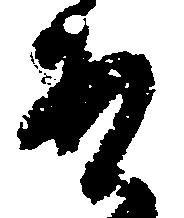
あ